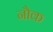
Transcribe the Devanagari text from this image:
नौक